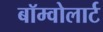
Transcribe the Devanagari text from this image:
बॉम्वोलार्ट